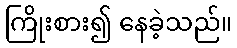
ကြိုးစား၍ နေခဲ့သည်။